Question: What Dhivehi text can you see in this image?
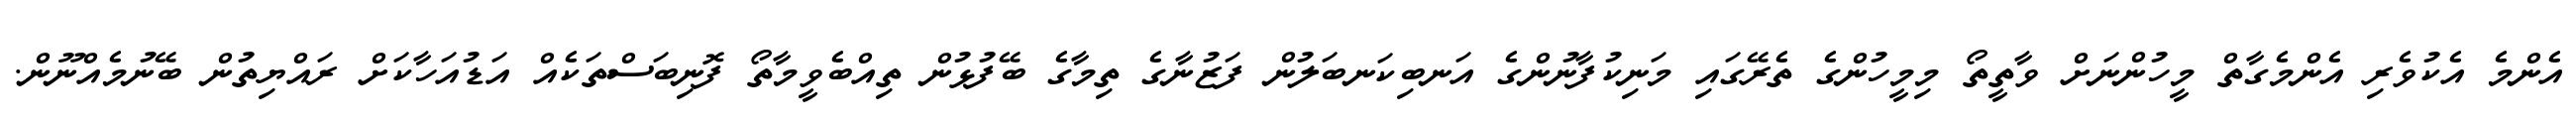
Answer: އެންމެ އެކުވެރި އެންމެގާތް މީހުންނަށް ވާތީތޯ މިމީހުންގެ ތެރޭގައި މަނިކުފާނުންގެ އަނބިކަނބަލުން ފަޒުނާގެ ތިމާގެ ބޭފުޅުން ތިއްބެވީމާތޯ ފޮނިބަސްތަކެއް އަޑުއަހާކަށް ރައްޔިތުން ބޭނުމެއްނޫން.